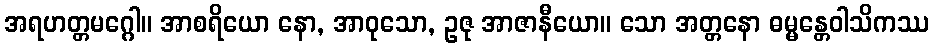
အရဟတ္တမဂ္ဂေါ။ အာစရိယော နော, အာဝုသော, ဥဇု အာဇာနီယော။ သော အတ္တနော ဓမ္မန္တေဝါသိကဿ